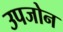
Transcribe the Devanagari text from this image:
उपजोन